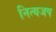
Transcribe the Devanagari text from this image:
नित्यजप